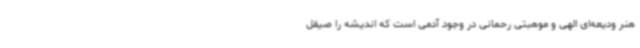
هنر ودیعه‌ای الهی و موهبتی رحمانی در وجود آدمی است که اندیشه را صیقل